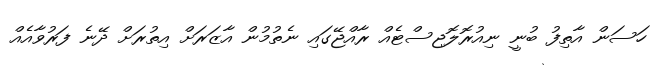
ހަސަން އާތިފު ބުނީ ނިއުރޮލޮޖިސްޓެއް ރާއްޖޭގައި ނެތުމުން އާޒަރަށް އިތުރަށް ދޭނެ ފަރުވާއެއް